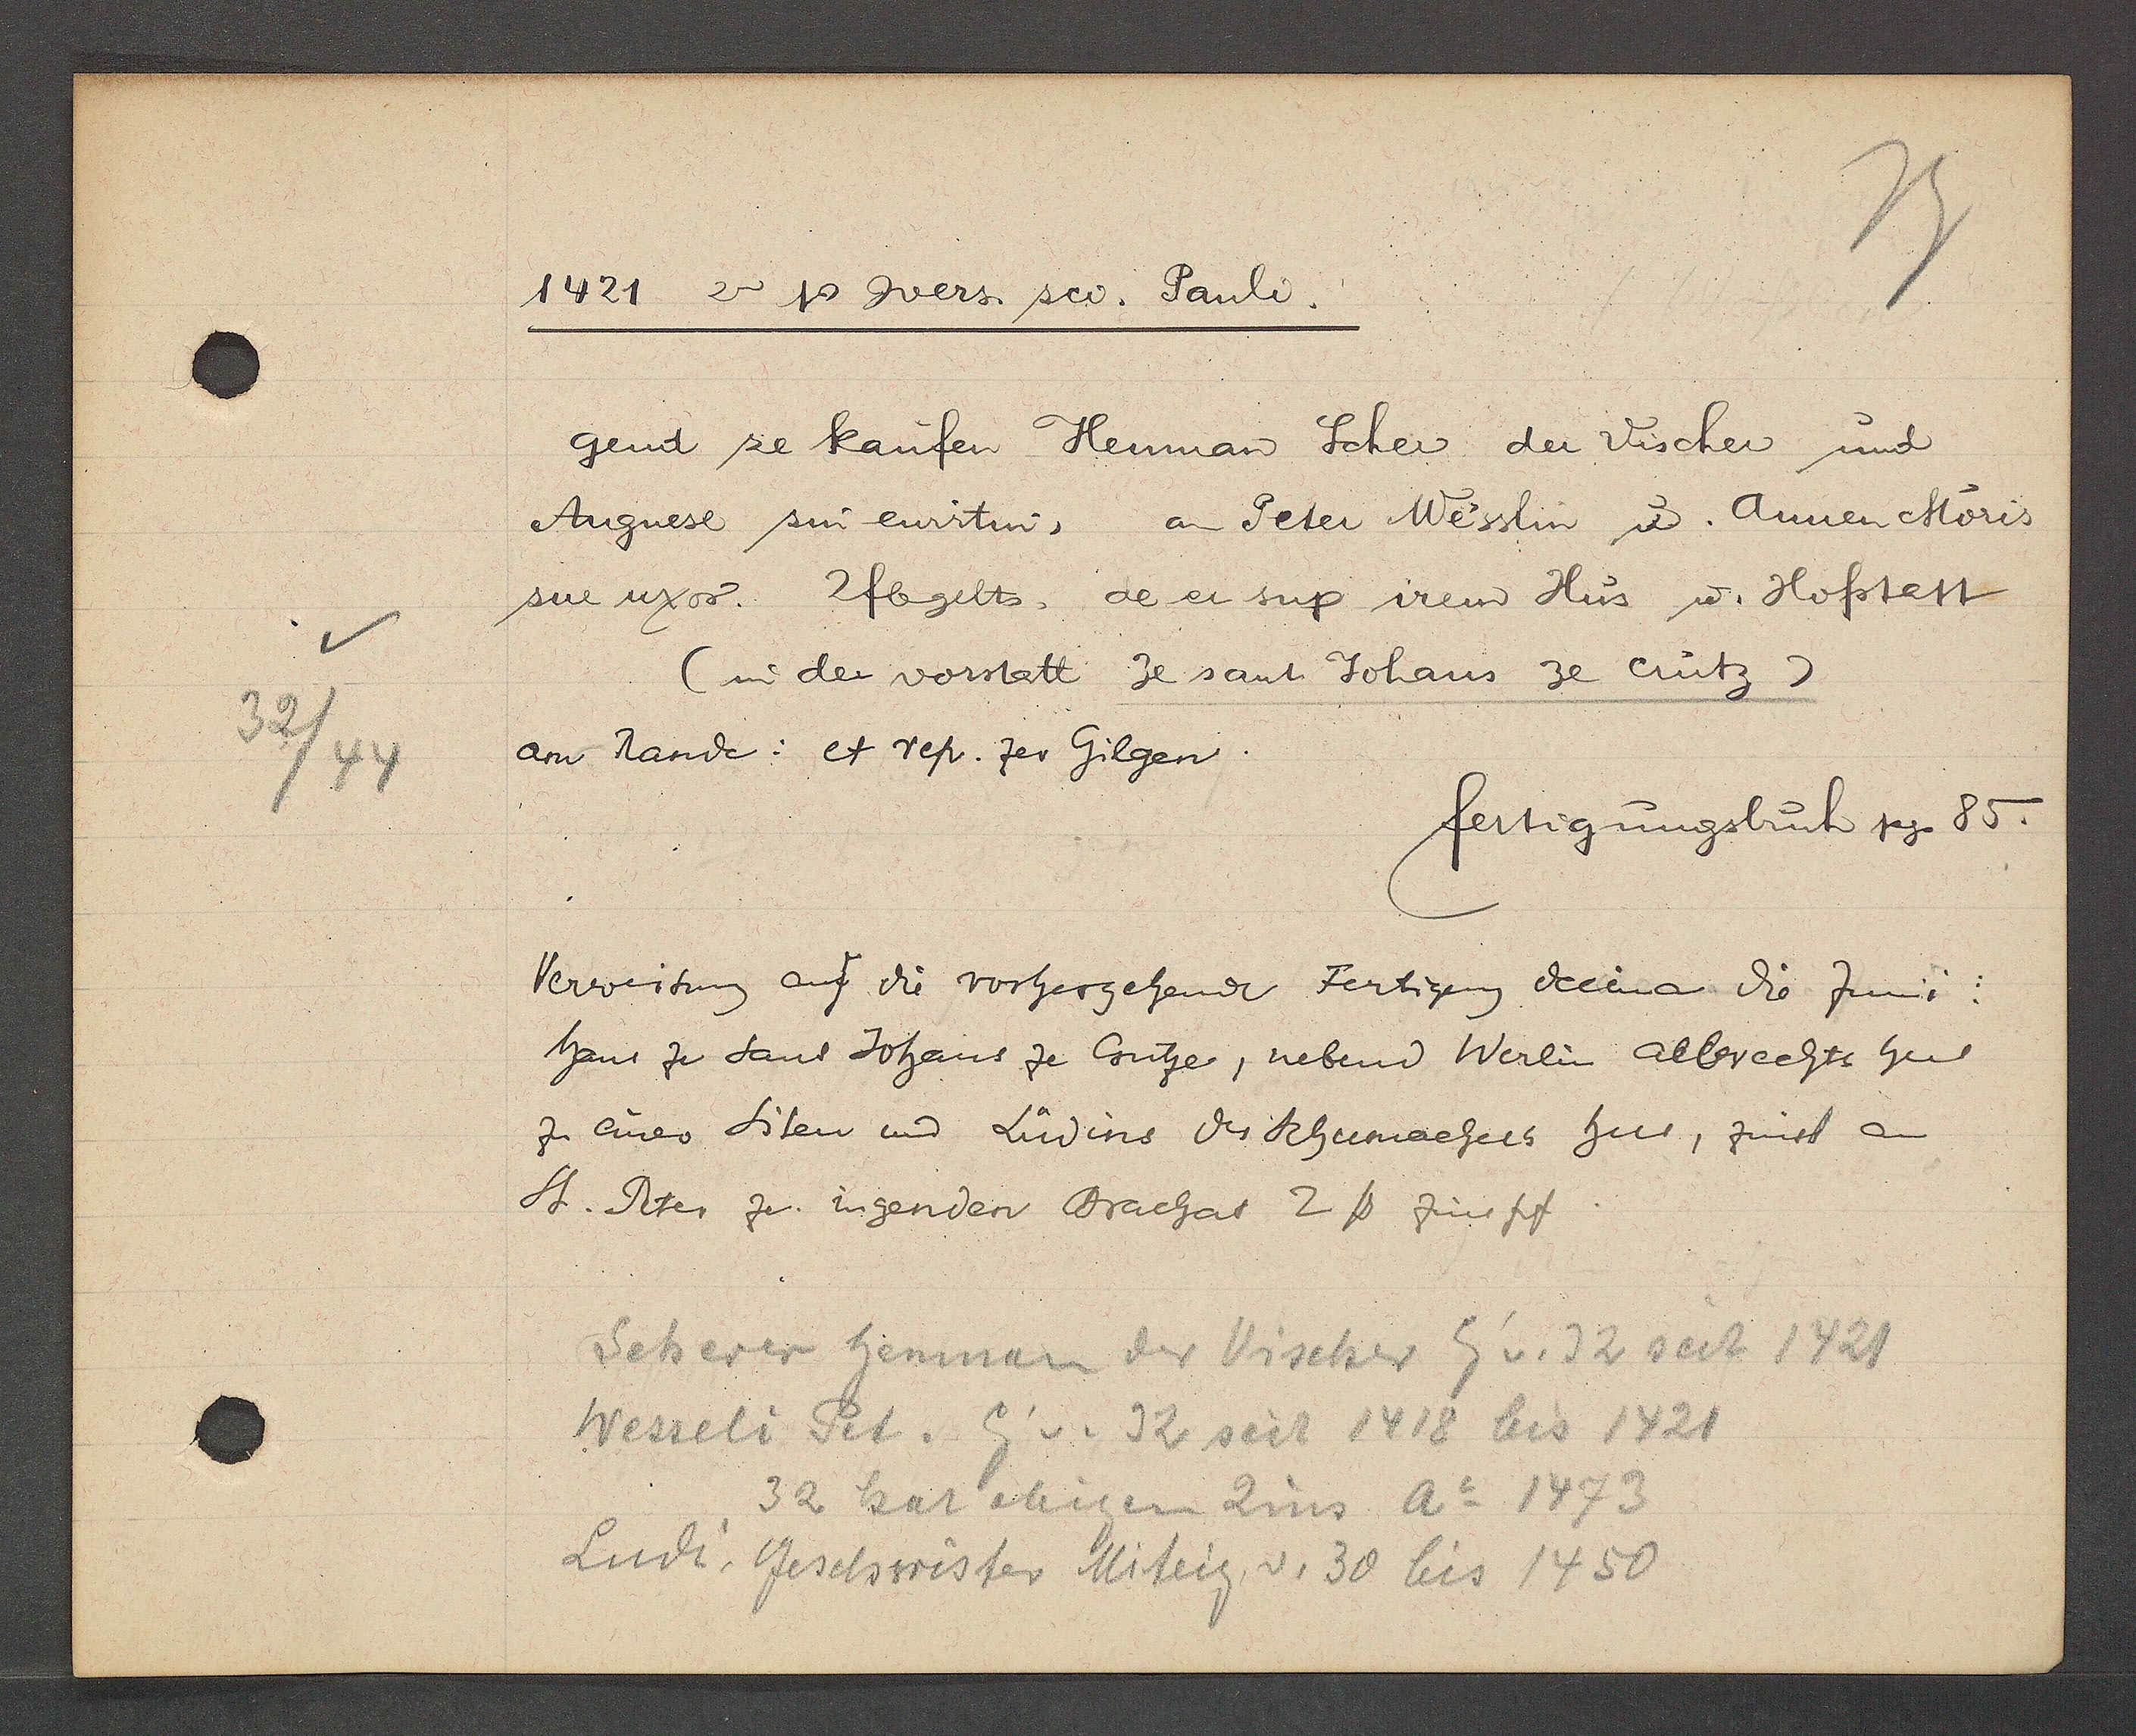
Transcript:
32/44

1421 2a Ƿ cvers sci. Pauli.

gend ze kaufen Heuman Scher der Vischer und
Angnese sin ewirtin, an Peter Wesslin u. Annen Storis
sue uxor 2fb gelts, de er sup irem Hus u. Hofstatt
(in der vorstatt ze sant Johans ze crutz)
am Rande: et rep. zer Gilgen.

fertigungsbuch pg. 85.

Verweisung auf die vorherschende Fertigung decima die Junii.
haus ze Sant Johans ze Gutze, nebend Werlin albrechts hus
zu einer Siten und Lüdins der Schumachers hus, zinst an
St. Peter ze ingenden Brachat 2 ℔ zinspf

Scherer henman der Vischer Eig v. 32 seit 1421
Wesseli Pet. Eig v. 32 seit 1418 bis 1421
32 hat obigen Zins Ao 1473
Ludi, Geschwister Miteig. v. 30 bis 1450